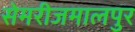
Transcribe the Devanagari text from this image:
सेमरीजमालपुर